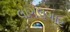
લાગલગાટ